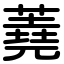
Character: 蕘